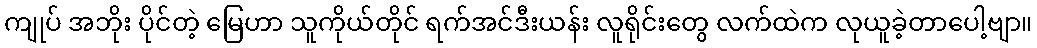
ကျုပ် အဘိုး ပိုင်တဲ့ မြေဟာ သူကိုယ်တိုင် ရက်အင်ဒီးယန်း လူရိုင်းတွေ လက်ထဲက လုယူခဲ့တာပေါ့ဗျာ။